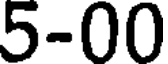
5-00